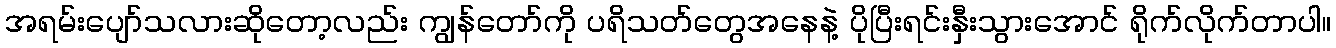
အရမ်းပျော်သလားဆိုတော့လည်း ကျွန်တော်ကို ပရိသတ်တွေအနေနဲ့ ပိုပြီးရင်းနှီးသွားအောင် ရိုက်လိုက်တာပါ။